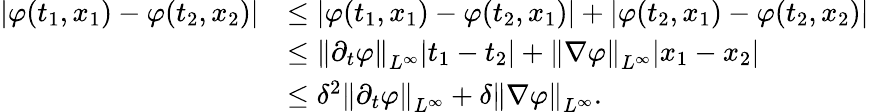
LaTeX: \begin{array}{rl}{|\varphi(t_{1},x_{1})-\varphi(t_{2},x_{2})|}&{\le|\varphi(t_{1},x_{1})-\varphi(t_{2},x_{1})|+|\varphi(t_{2},x_{1})-\varphi(t_{2},x_{2})|}\\ &{\le\left\lVert\partial_{t}\varphi\right\rVert_{L^{\infty}}|t_{1}-t_{2}|+\left\lVert\nabla\varphi\right\rVert_{L^{\infty}}|x_{1}-x_{2}|}\\ &{\le\delta^{2}\left\lVert\partial_{t}\varphi\right\rVert_{L^{\infty}}+\delta\left\lVert\nabla\varphi\right\rVert_{L^{\infty}}.}\end{array}